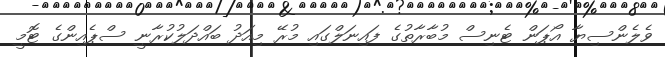
ވެލެންސިޔާ އޯޕަން ޓެނިސް މުބާރާތުގެ ފައިނަލްގައި މުރޭ މިއަދު ބައްދަލުކުރާނީ ސްޕެއިންގެ ޓޮމީ